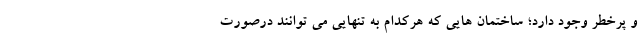
و پرخطر وجود دارد؛ ساختمان هایی که هرکدام به تنهایی می توانند درصورت